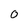
Character: 0